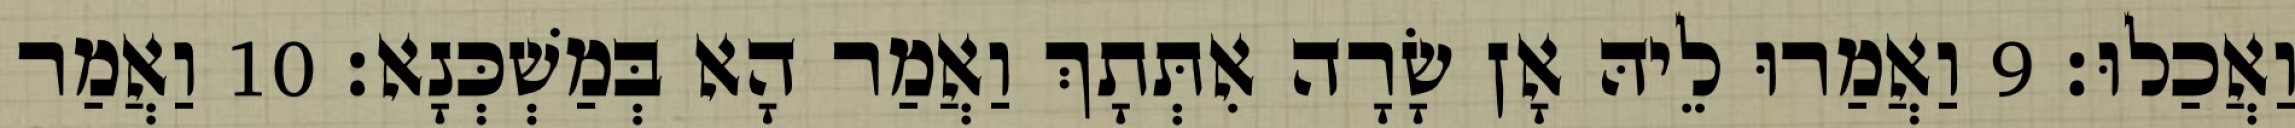
וַאֲכַלוּ׃ 9 וַאֲמַרוּ לֵיהּ אָן שָׂרָה אִתְּתָךְ וַאֲמַר הָא בְּמַשְׁכְּנָא׃ 10 וַאֲמַר